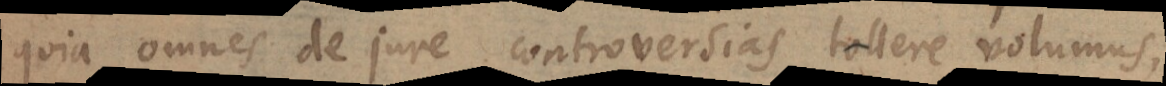
quia omnes de jure controversias tollere volumus,